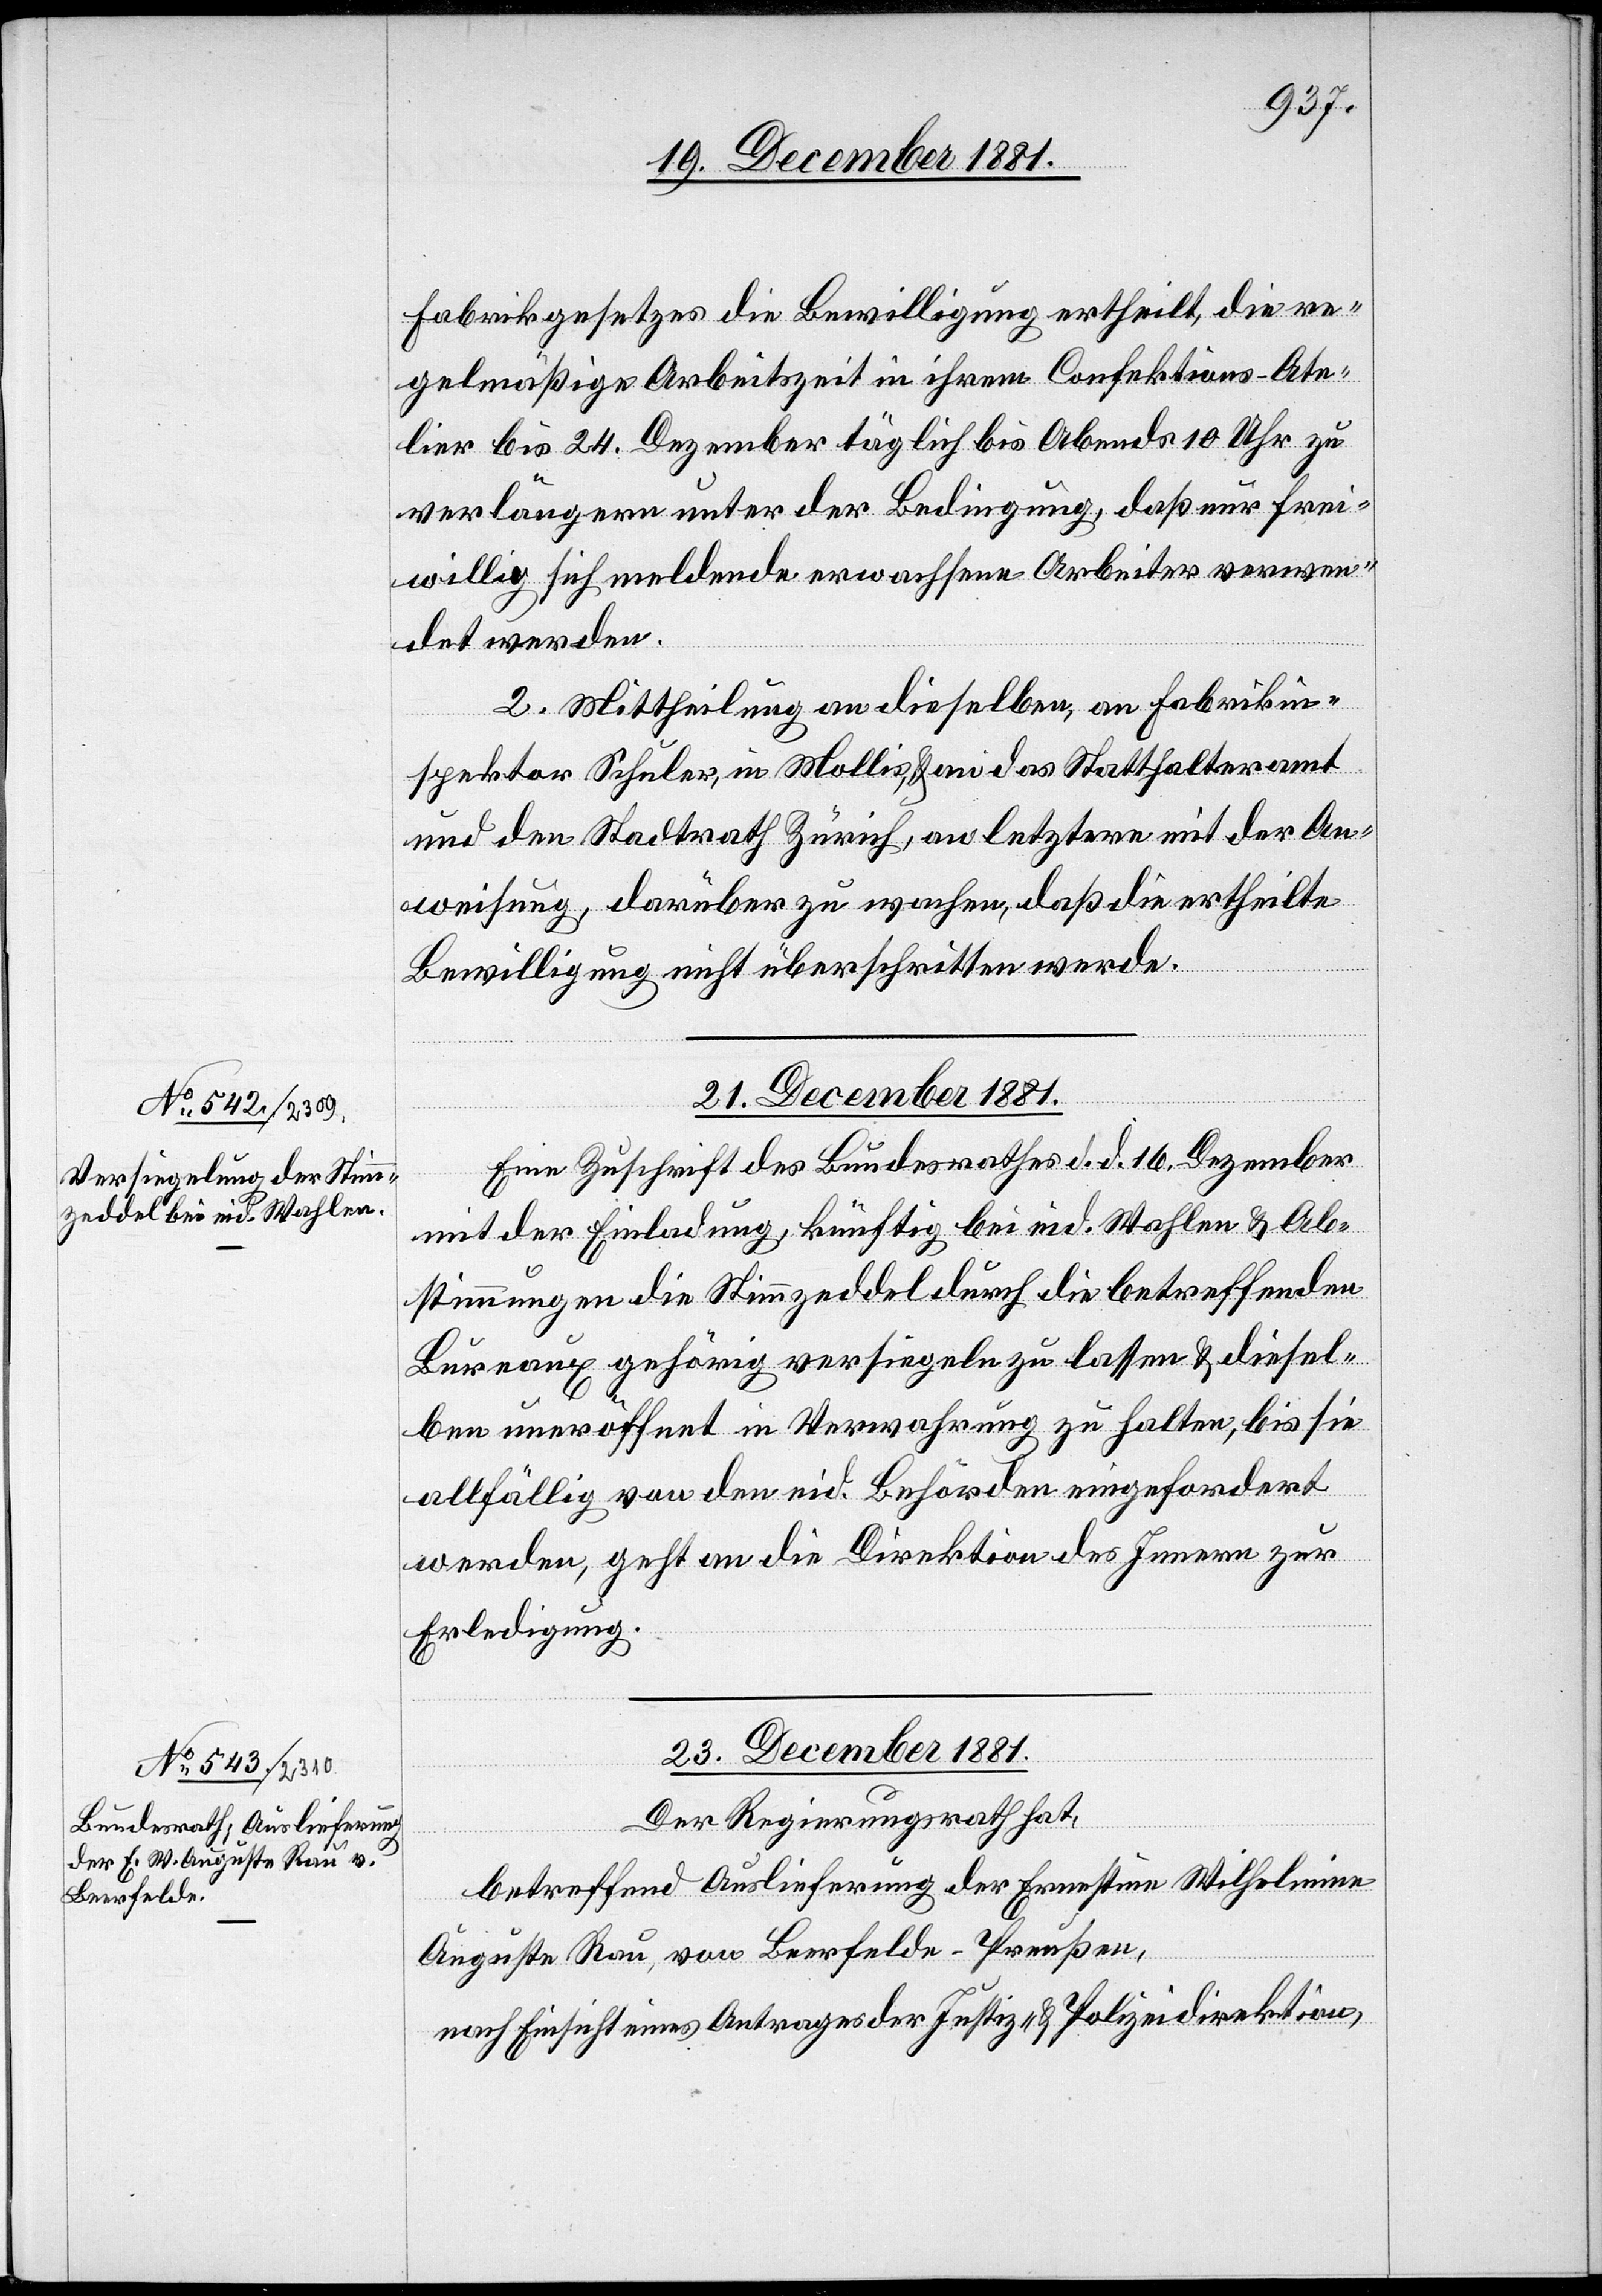
Fabrikgesetzes die Bewilligung ertheilt, die re¬
gelmäßige Arbeitszeit in ihrem Confektions-Ate¬
lier bis 24. Dezember täglich bis Abends 10 Uhr zu
verlängern unter der Bedingung, daß nur frei¬
willig sich meldende erwachsene Arbeiter verwen¬
det werden.
2. Mittheilung an dieselben, an Fabrikin¬
spektor Schuler, in Mollis & an das Statthalteramt
und den Stadtrath Zürich, an letztern mit der An¬
weisung, darüber zu wachen, daß die ertheilte
Bewilligung nicht überschritten werde.
21. December 1881.
Eine Zuschrift des Bundesrathes d. d. 16. Dezember
mit der Einladung, künftig bei eid. Wahlen & Ab¬
stimmungen die Stimmzeddel durch die betreffenden
Bureaux gehörig versiegeln zu lassen & diesel¬
ben uneröffnet in Verwahrung zu lassen, bis sie
allfällig von den eid. Behörden eingefordert
werden, geht an die Direktion des Innern zur
Erledigung.
23. December 1881.
Der Regierungsrath hat,
betreffend Auslieferung der Ernestine Wilhelmine
Auguste Rau, von Beerfelde - Preußen,
nach Einsicht eines Antrages der Justiz- & Polizeidirektion,